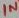
Text: IN